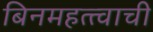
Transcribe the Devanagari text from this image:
बिनमहत्त्वाची